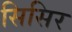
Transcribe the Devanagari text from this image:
सिसिर